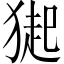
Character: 𤠳